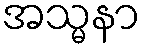
အသ္မနာ